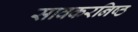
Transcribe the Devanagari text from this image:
सावकरनिष्ठ